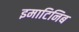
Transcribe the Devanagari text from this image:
इमाटिनिब